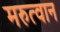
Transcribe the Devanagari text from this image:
मरुत्वान